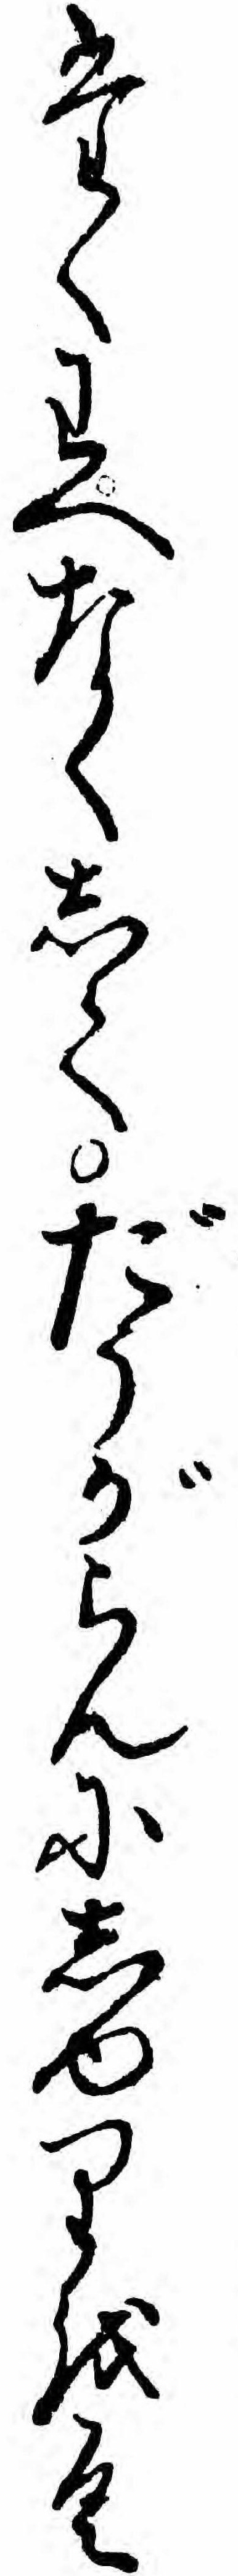
たくわへなくしてだうがらんにしゆりをく